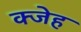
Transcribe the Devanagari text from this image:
क्जेह